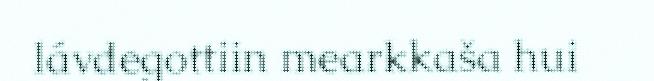
lávdegottiin mearkkaša hui